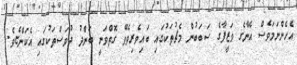
އެހެންނަމަވެސް އޭނާގެ ވަޒީފާގެ ސަބަބުން މެޗުތަކުގައި ބައިވެރިވެވޭ ގޮތްވަނީ ބަންދު ދުވަސްތަކުގައި އެކަންޏެވެ.